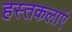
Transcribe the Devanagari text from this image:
हस्तकलाएं